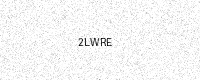
Text: 2LWRE